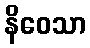
နိဝေသာ